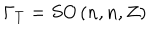
LaTeX: \Gamma _ { T } = S O \left( n , n , Z \right)